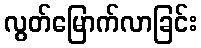
လွတ်မြောက်လာခြင်း